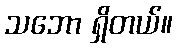
သဘော ရှိတယ်။